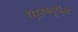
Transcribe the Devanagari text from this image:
ऍसक्यूऍल